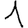
Digit: 1